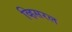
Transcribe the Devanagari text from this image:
व्हिसरल